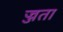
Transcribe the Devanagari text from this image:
ज्जता